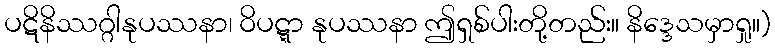
ပဋိနိဿဂ္ဂါနုပဿနာ၊ ဝိပဋ္ဋာ နုပဿနာ ဤရှစ်ပါးတို့တည်း။ နိဒ္ဒေသမှာရှု။)